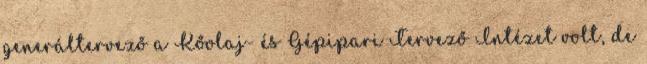
generáltervező a Kőolaj- és Gépipari Tervező Intézet volt, de